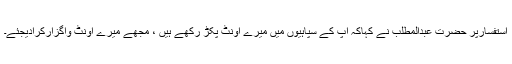
استفسارپر حضرت عبدالمطلب نے کہاکہ آپ کے سپاہیوں میں میرے اونٹ پکڑ رکھے ہیں ، مجھے میرے اونٹ واگزارکرادیجئے۔